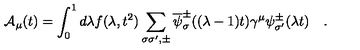
{ \cal A } _ { \mu } ( t ) = \int _ { 0 } ^ { 1 } d \lambda f ( \lambda , t ^ { 2 } ) \sum _ { \sigma \sigma ^ { \prime } , \pm } \overline { \psi } _ { \sigma } ^ { \pm } ( ( \lambda - 1 ) t ) \gamma ^ { \mu } \psi _ { \sigma ^ { \prime } } ^ { \pm } ( \lambda t ) \quad .